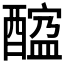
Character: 𨢠